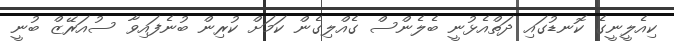
ކިއެލީނީގެ ކޮނޑުގައި ދަތްއެޅުނީ ބެލެންސް ގެއްލިގެން ކަމަށް ކުރިން ބުނެފައިވާ ސުއަރޭޒް ބުނީ